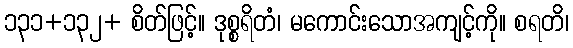
၁၃၁+၁၃၂+ စိတ်ဖြင့်။ ဒုစ္စရိတံ၊ မကောင်းသောအကျင့်ကို။ စရတိ၊